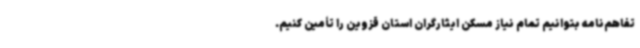
تفاهم‌نامه بتوانیم تمام نیاز مسکن ایثارگران استان قزوین را تأمین کنیم.